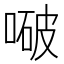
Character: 㗞